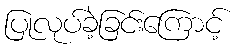
ပြုလုပ်ခဲ့ခြင်းကြောင့်